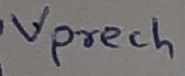
Text: Vprech